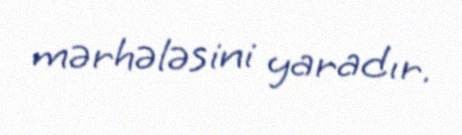
mərhələsini yaradır.